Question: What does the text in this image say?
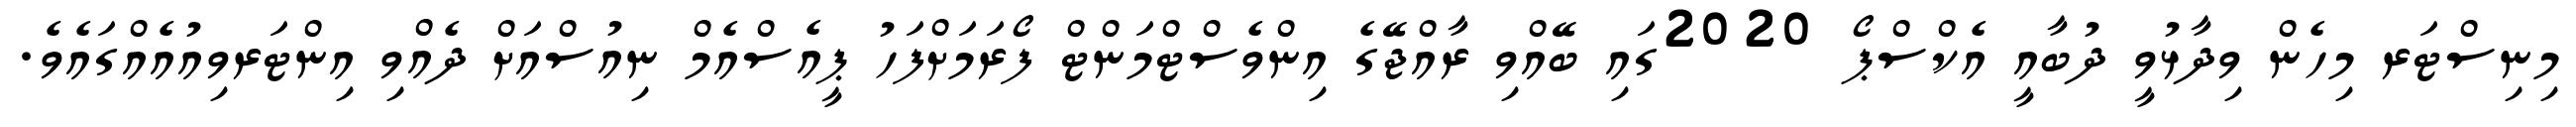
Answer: މިނިސްޓަރ މިހެން ވިދާޅުވީ ދުބާއީ އެކްސްޕޯ 2020ގައި ބޭއްވި ރާއްޖޭގެ އިންވެސްޓްމަންޓް ފޯރަމަށްފަހު ޕީއެސްއެމް ނިއުސްއަށް ދެއްވި އިންޓަރވިއުއެއްގައެވެ.